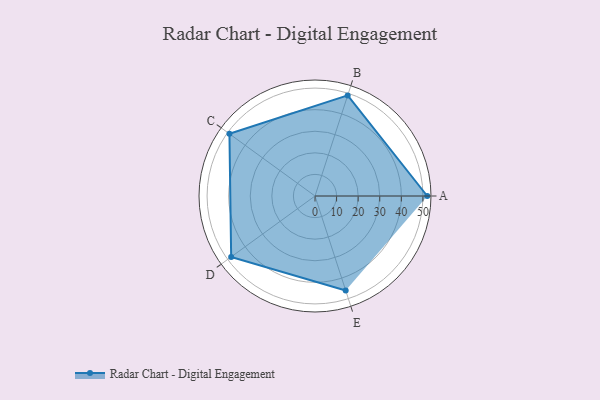
{"axis": {"x": "Skill", "y": "Score"}, "legend": ["Profile"], "data": [{"x": "A", "y": 52.0, "type": "Profile"}, {"x": "B", "y": 49.0, "type": "Profile"}, {"x": "C", "y": 49.0, "type": "Profile"}, {"x": "D", "y": 48.0, "type": "Profile"}, {"x": "E", "y": 46.0, "type": "Profile"}]}